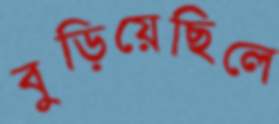
বুড়িয়েছিলে